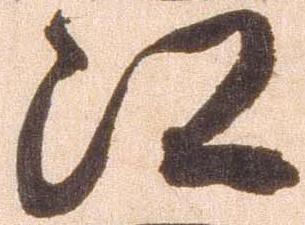
江